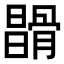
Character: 𩩪